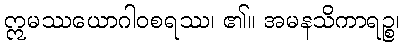
ဣမဿယောဂါဝစရဿ၊ ၏။ အမနသိကာရဉ္စ၊